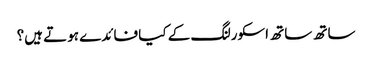
ساتھ ساتھ اسکورلنگ کے کیا فائدے ہوتے ہیں؟